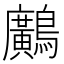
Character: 𪇵